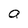
Character: a